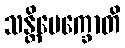
သန္တိပေက္ခောတိ